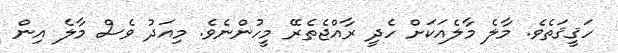
ހަޤީޤަތެވެ. މާލެ މާލެއަކަށް ހެދީ ރާއްޖެތެރޭ މީހުންނެވެ. މިއަދު ވެސް މާލެ އިން